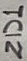
Text: ZD1